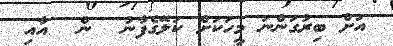
އަށް ބިރުގަންނަ މީހަކަށް ކަލޭގެފާނު  ން  އާއި